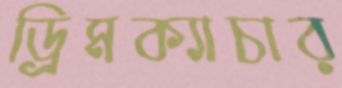
ড্রিমক্যাচার